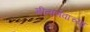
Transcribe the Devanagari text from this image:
गीतार्णवाच्या